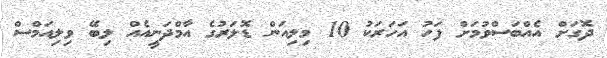
ދޮގަށް އެއްބަސްވުމަށް ފަހު އަހަރަކު 10 މިލިއަން ޑޮލަރުގެ އާމްދަނީއެއް ލިބޭ ވިލިއަމްސް